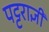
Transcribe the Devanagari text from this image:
पट्टराज्ञी